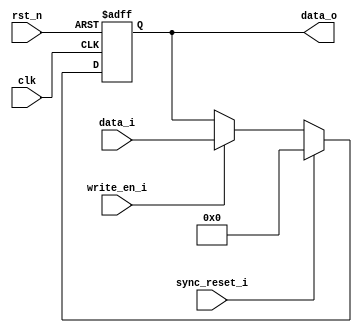
module eth_register 
    #(parameter WIDTH       = 8, 
                RESET_VALUE = 0) 
(
    input                  clk  ,
    input                  rst_n,  //async reset, active low 

    input                  sync_reset_i, //sync reset, active high
    input                  write_en_i  , //write enable, active high
    input      [WIDTH-1:0] data_i,
    output reg [WIDTH-1:0] data_o
);

    always @(posedge clk or negedge rst_n) begin
        if(!rst_n)
            data_o <= RESET_VALUE;
        else if(sync_reset_i)
            data_o <= RESET_VALUE;
        else if(write_en_i)                         // write
            data_o <= data_i;
    end

endmodule